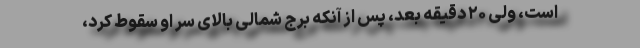
است، ولی ۲۰ دقیقه بعد، پس از آنکه برج شمالی بالای سر او سقوط کرد،